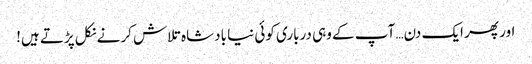
اور پھر ایک دن… آپ کے وہی درباری کوئی نیا بادشاہ تلاش کرنے نکل پڑتے ہیں!